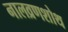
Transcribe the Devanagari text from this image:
नालव्रणशोथ